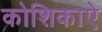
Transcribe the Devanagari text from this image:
कोशिकाऐ